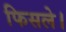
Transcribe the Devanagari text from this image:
फिसले।